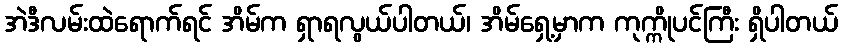
အဲဒီလမ်းထဲရောက်ရင် အိမ်က ရှာရလွယ်ပါတယ်၊ အိမ်ရှေ့မှာက ကုက္ကိုပင်ကြီး ရှိပါတယ်